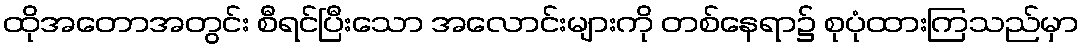
ထိုအတောအတွင်း စီရင်ပြီးသော အလောင်းများကို တစ်နေရာ၌ စုပုံထားကြသည်မှာ